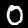
Digit: 0